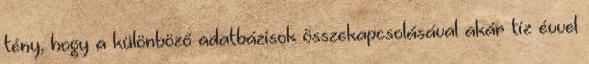
tény, hogy a különböző adatbázisok összekapcsolásával akár tíz évvel